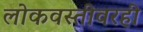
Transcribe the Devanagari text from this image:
लोकवस्तीवरही